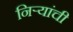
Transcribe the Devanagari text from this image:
निर्‍यांची